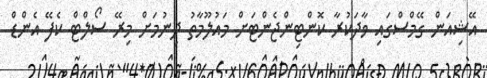
އޭޝިއަން ގޭމްސްގައި ވާދަކުރާ ކޮންޓިންޖެންޓަށް މައުލޫމާތު ދިނުމަށް މިރޭ ސޯލްޓް ކެފޭ އެންޑް